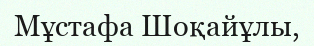
Мұстафа Шоқайұлы,